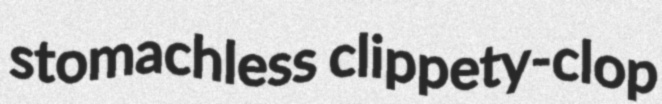
stomachless clippety-clop